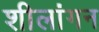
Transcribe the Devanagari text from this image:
शीलांगन